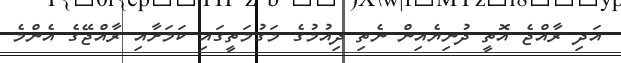
އަދި ރާއްޖެ އޮތީ ދުނިޔެއިން ނެތި ދިއުމުގެ މަގުމަތީގައި ކަމަށާއި ރާއްޖޭގެ އެންމެ